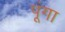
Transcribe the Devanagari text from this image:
पूंगा